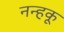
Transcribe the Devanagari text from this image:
नन्हकू